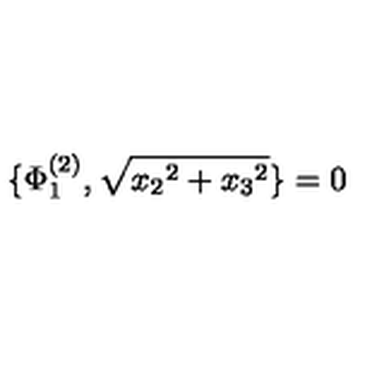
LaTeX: \{ \Phi _ { 1 } ^ { ( 2 ) } , \sqrt { { x _ { 2 } } ^ { 2 } + { x _ { 3 } } ^ { 2 } } \} = 0